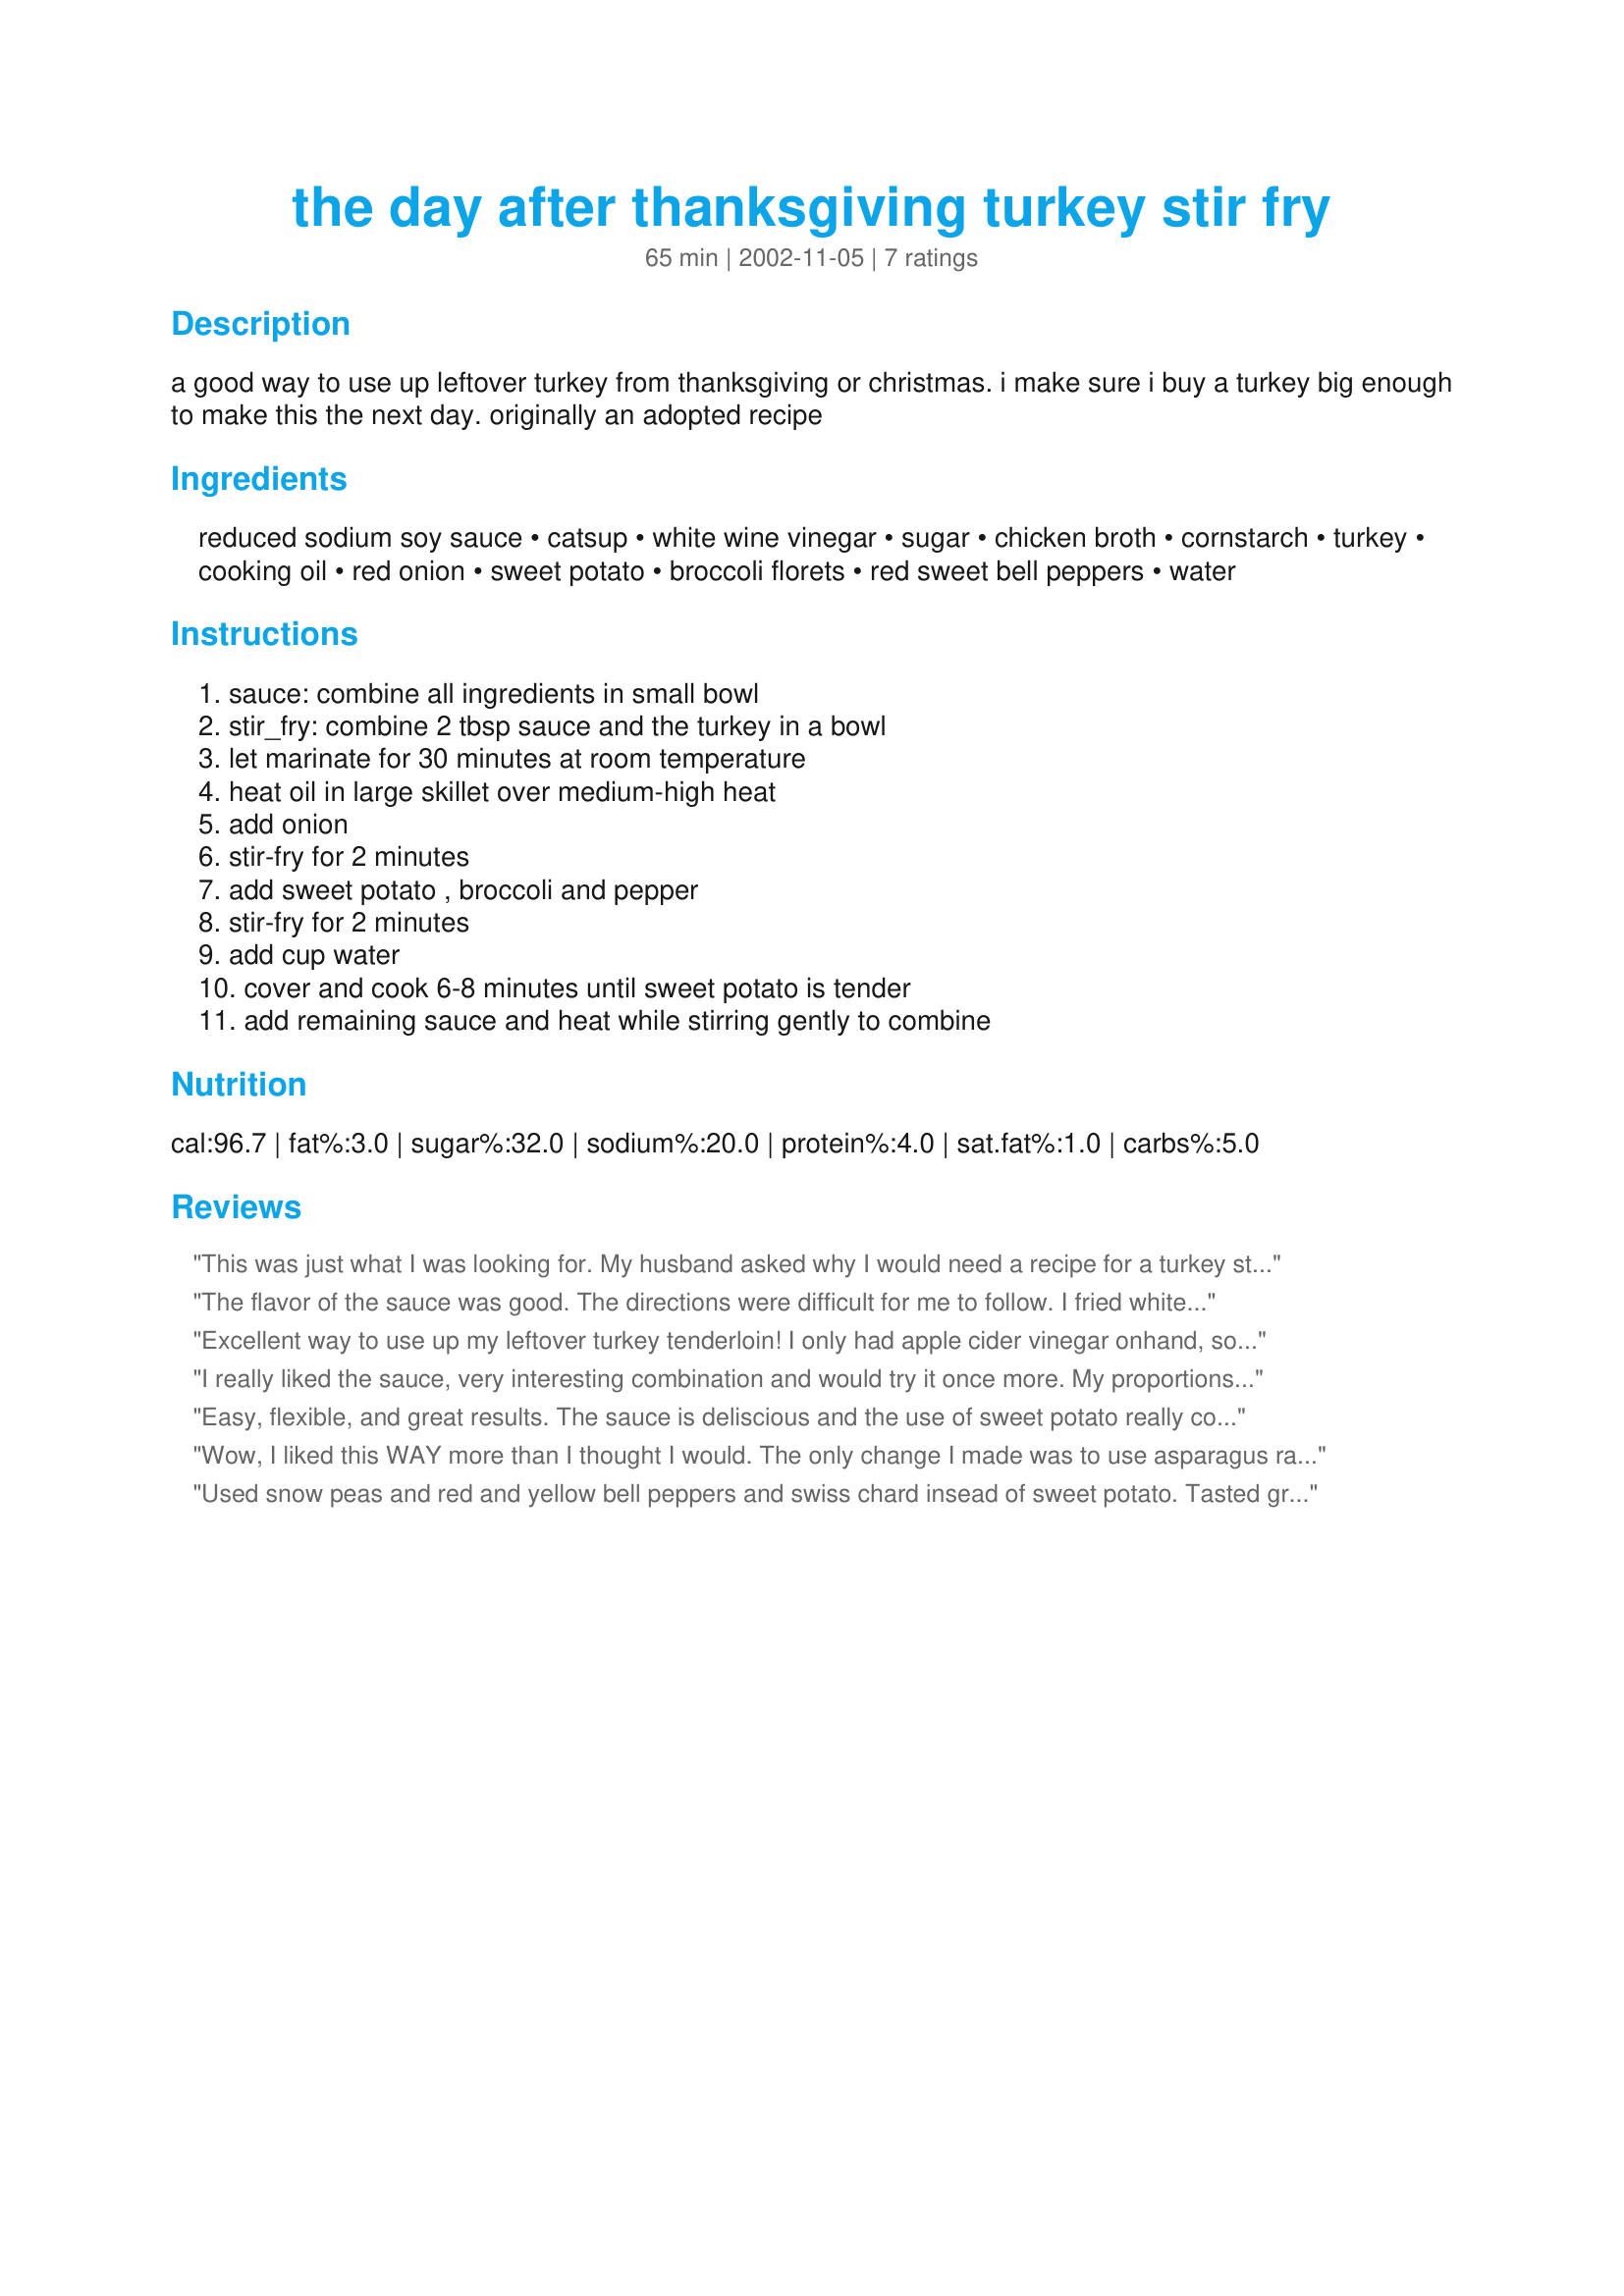
the day after thanksgiving turkey stir fry
Preparation time: 65 minutes

a good way to use up leftover turkey from thanksgiving or christmas. i make sure i buy a turkey big enough to make this the next day.
originally an adopted recipe

Ingredients:
reduced sodium soy sauce, catsup, white wine vinegar, sugar, chicken broth, cornstarch, turkey, cooking oil, red onion, sweet potato, broccoli florets, red sweet bell peppers, water

Steps:
sauce: combine all ingredients in small bowl, stir_fry: combine 2 tbsp sauce and the turkey in a bowl, let marinate for 30 minutes at room temperature, heat oil in large skillet over medium-high heat, add onion, stir-fry for 2 minutes, add sweet potato , broccoli and pepper, stir-fry for 2 minutes, add cup water, cover and cook 6-8 minutes until sweet potato is tender, add remaining sauce and heat while stirring gently to combine

Reviews:
This was just what I was looking for. My husband asked why I would need a recipe for a turkey stir fry? Then he ate it and said, "Ah, now I know why, this is great." Thank you.
The flavor of the sauce was good. The directions were difficult for me to follow. I fried white potatoes in oil with onion, then added peppers and meat, when potatoes were done I added broth, sauce and broccoli for 3 minutes. Turned out good.
Excellent way to use up my leftover turkey tenderloin! I only had apple cider vinegar onhand, so I used 1 TBSP of that rather than the white wine vinegar and it still tasted great. Didn't have any sweet potatoe, but I used one red bell pepper, some brocolli, carrots and green onions. I also added a minced garlic clove while sauteeing the veggies.
I really liked the sauce, very interesting combination and would try it once more. My proportions were different than what's stated simply because I only had a sweet soy sauce marinade at home (so I didn't need to add sugar, and increased the vinegar). I didn't have left over turkey, so I cooked fresh turkey with some of the sauce, and then added that to the stir fry toward the end with very little of the sauce, just for extra flavoring. I wasn't sure if that's what the recipe called for since there was no explanation of what to do with the turkey. I didn't have any sweet potato (and not crazy about it anyway), but had green beans, and that went well. ETA: I tried this again with the correct ingredients, but really tasted the same as previously.
Easy, flexible, and great results. The sauce is deliscious and the use of sweet potato really complements all the different flavours.
Wow, I liked this WAY more than I thought I would. The only change I made was to use asparagus rather than broccoli, just because that's what I had. The recipe doesn't state what to do with the turkey and sauce. I added it at the end of the cooking process and that worked fine. I served it over rice made with leftover cooking water from Mean Chef's recipe #48771. The cooking water enhanced the sweet potato flavor and added the heat and zip of curry. The rice and stir-fry were perfect together, negating any possibility of a bland dish. Thanks, Familian!
Used snow peas and red and yellow bell peppers and swiss chard insead of sweet potato. Tasted great, and the colors were quite appetizing.
